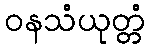
ဝနသံယုတ္တံ